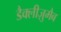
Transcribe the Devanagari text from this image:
डैक्लीज़ुमैब